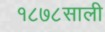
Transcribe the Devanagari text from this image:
१८७८साली